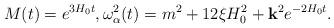
LaTeX: \begin{align*}M(t) = e^{3H_0t},\omega_\alpha^2 (t) =m^2 + 12 \xi H_0^2 + {\bf k}^2 e^{-2H_0 t}.\end{align*}